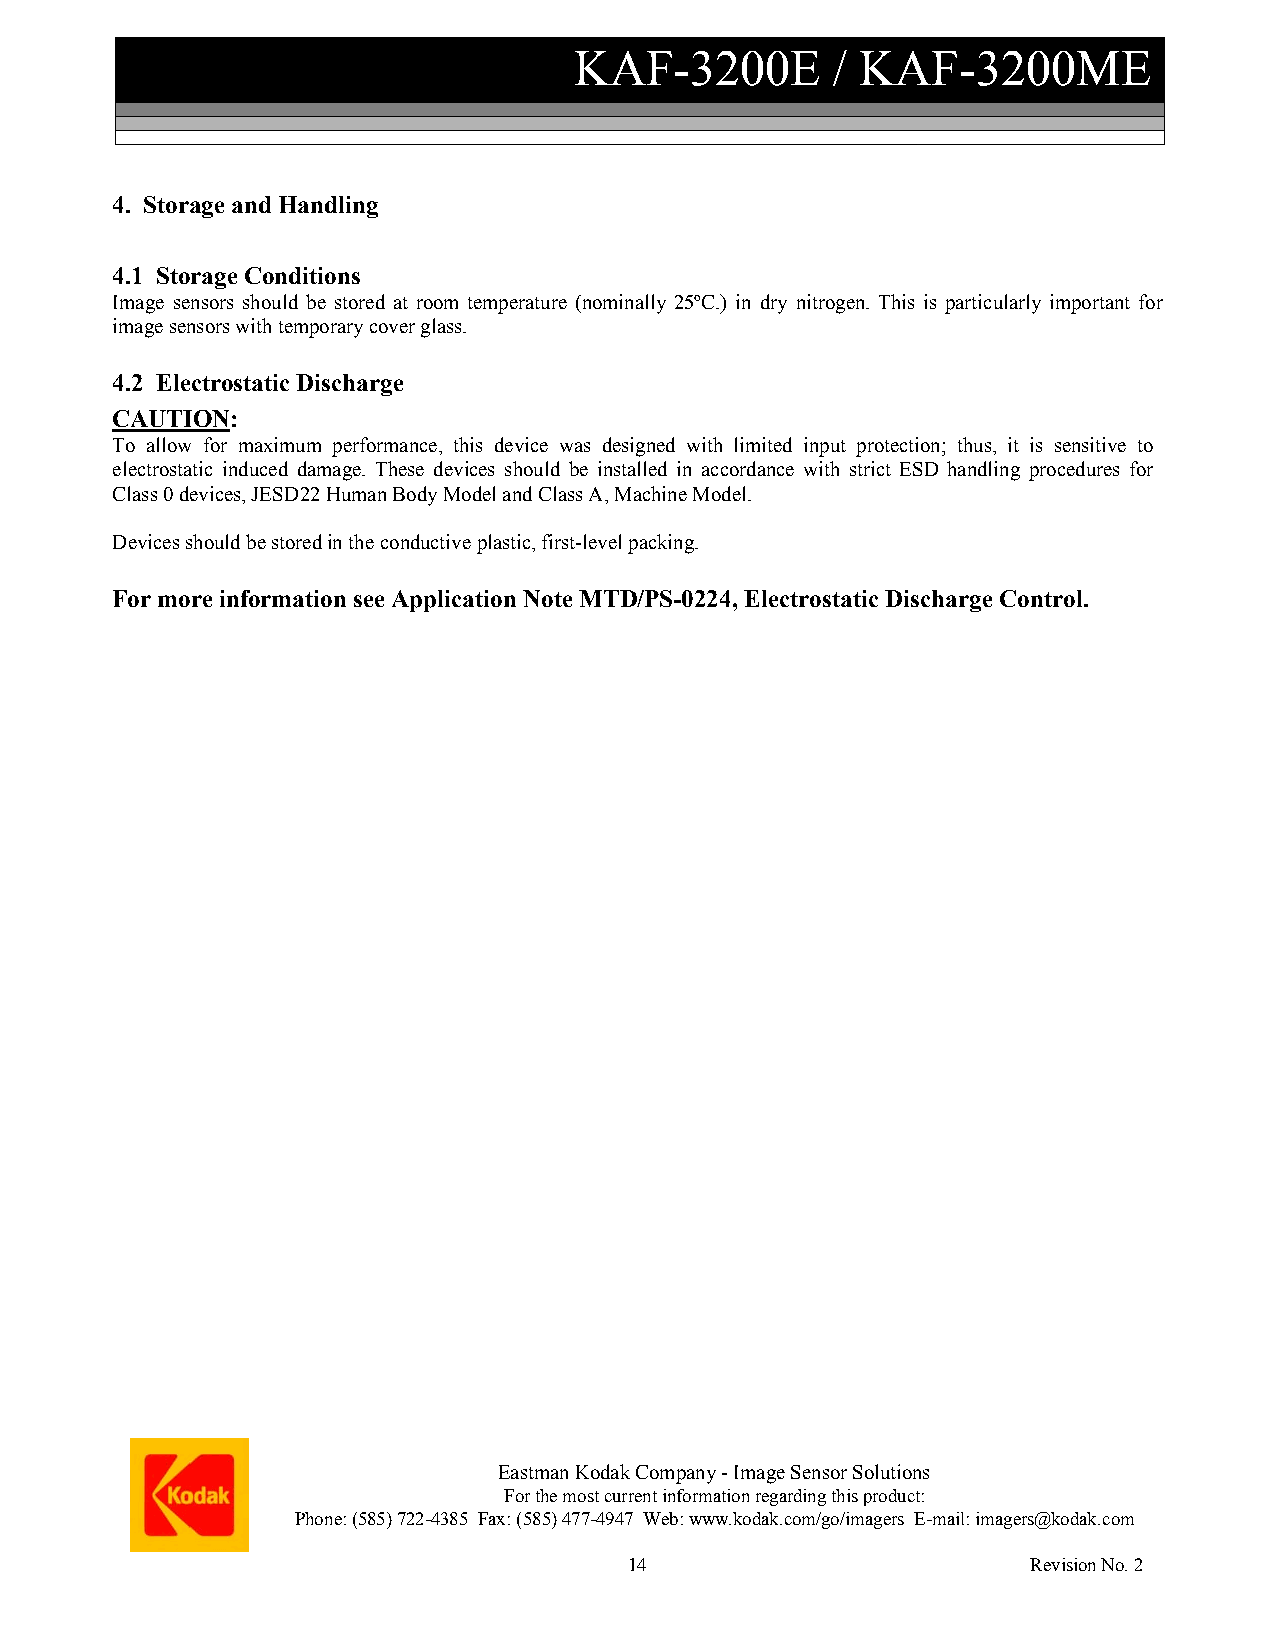
KAF-3200E        / KAF-3200ME
 4. Storage and Handling
 4.1 Storage Conditions
 Image sensors should be stored at room temperature (nominally 25ºC.) in dry nitrogen. This is particularly important for
 image sensors with temporary cover glass.
 4.2 Electrostatic Discharge
 CAUTION:
 To allow for maximum performance, this device was designed with limited input protection; thus, it is sensitive to
 electrostatic induced damage. These devices should be installed in accordance with strict ESD handling procedures for
 Class 0 devices, JESD22 Human Body Model and Class A, Machine Model.
 Devices should be stored in the conductive plastic, first-level packing.
 For more information see Application Note MTD/PS-0224, Electrostatic Discharge Control.
 Eastman Kodak Company - Image Sensor Solutions
 For the most current information regarding this product:
 Phone: (585) 722-4385 Fax: (585) 477-4947 Web: www.kodak.com/go/imagers E-mail: imagers@kodak.com
 14                        Revision No. 2